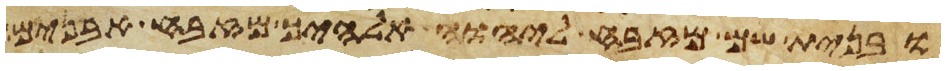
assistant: ובנית שם מזבח ליהוה אלהיך מזבח אבנים